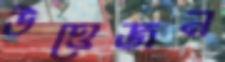
উত্তেজন